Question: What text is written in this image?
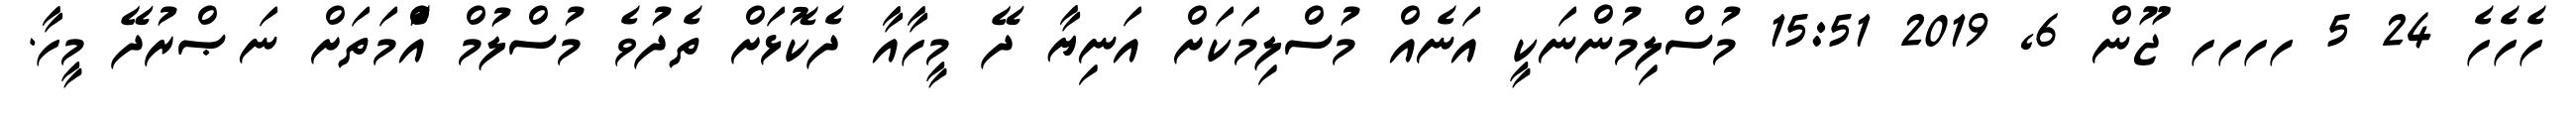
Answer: ހެހެހެ 24 5 ހހހހ ޖޫން 6, 2019 15:51 މުސްލިމުންނަކީ އަނެއް މުސްލިމަކަށް އަނިޔާ ދޭ މީހާއާ ދެކޮޅަށް ތެދުވެ މުސްލުމް އުެްމަތަށް ނަޞްރުދޭ މީހާ.